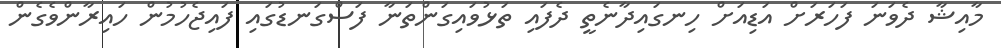
މާއިޝާ ދެވަނަ ފަހަރަށް އަޑިއަށް ހިނގައިދާނެތީ ދެފައި ތަޅުވައިގަންތަނާ ފަސްގަނޑުގައި ފައިޖެހުމުން ހައިރާންވެގެން